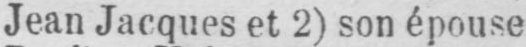
Jean Jacques et 2) son épouse